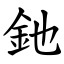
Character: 釶